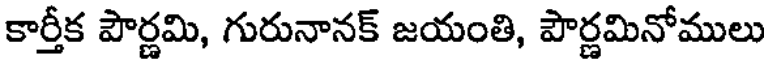
కార్తీక పౌర్ణమి, గురునానక్ జయంతి, పౌర్ణమినోములు